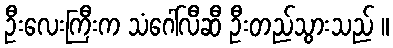
ဦးလေးကြီးက သံဂေါ်လီဆီ ဦးတည်သွားသည် ။